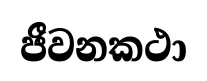
ජීවනකථා